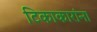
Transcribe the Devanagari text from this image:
टिकाकारांना